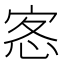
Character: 𭜰